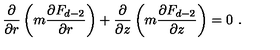
\frac { \partial } { \partial r } \left( m \frac { \partial F _ { d - 2 } } { \partial r } \right) + \frac { \partial } { \partial z } \left( m \frac { \partial F _ { d - 2 } } { \partial z } \right) = 0 \ .